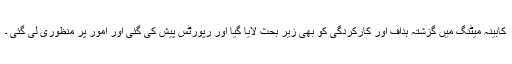
کابینہ میٹنگ میں گزشتہ ہداف اور کارکردگی کو بھی زیر بحث لایا گیا اور رپورٹس پیش کی گئی اور امور پر منظوری لی گئی ۔